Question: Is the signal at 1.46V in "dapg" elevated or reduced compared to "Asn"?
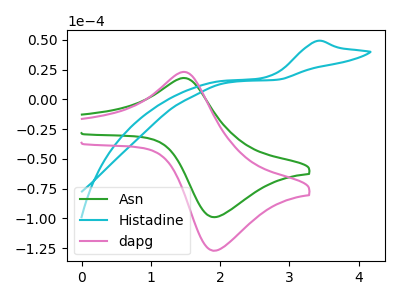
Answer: <think>The green curve "Asn" has an anodic peak at (1.45V, 17.85uA) and a cathodic peak at (1.95V, -98.95uA). The cyan curve "Histadine" has an anodic peak at: (3.40V, 49.10uA). The pink curve "dapg" has an anodic peak at (1.45V, 22.95uA) and a cathodic peak at (1.95V, -127.10uA).</think>
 <answer>The peak at 1.46V is higher in "dapg" than in "Asn".</answer>
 <eval>higher</eval>